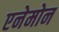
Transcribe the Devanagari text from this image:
एनेमोन